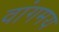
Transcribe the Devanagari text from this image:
वांगमय